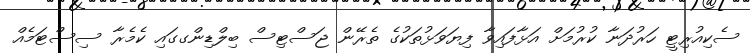
ސެކިއުރިޓީ ހަރުދަނާ ކުރުމަށް އަޅާފައިވާ ފިޔަވަޅުތަކުގެ ތެރޭން ޖަސްޓިސް ބިލްޑިންގގައި ކެމެރާ ސިސްޓަމެއް